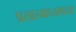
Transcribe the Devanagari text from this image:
प्रसारमाध्‍यमाच्‍या